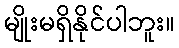
မျိုးမရှိနိုင်ပါဘူး။